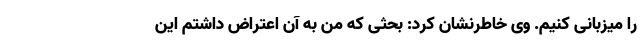
را میزبانی کنیم. وی خاطرنشان کرد: بحثی که من به آن اعتراض داشتم این